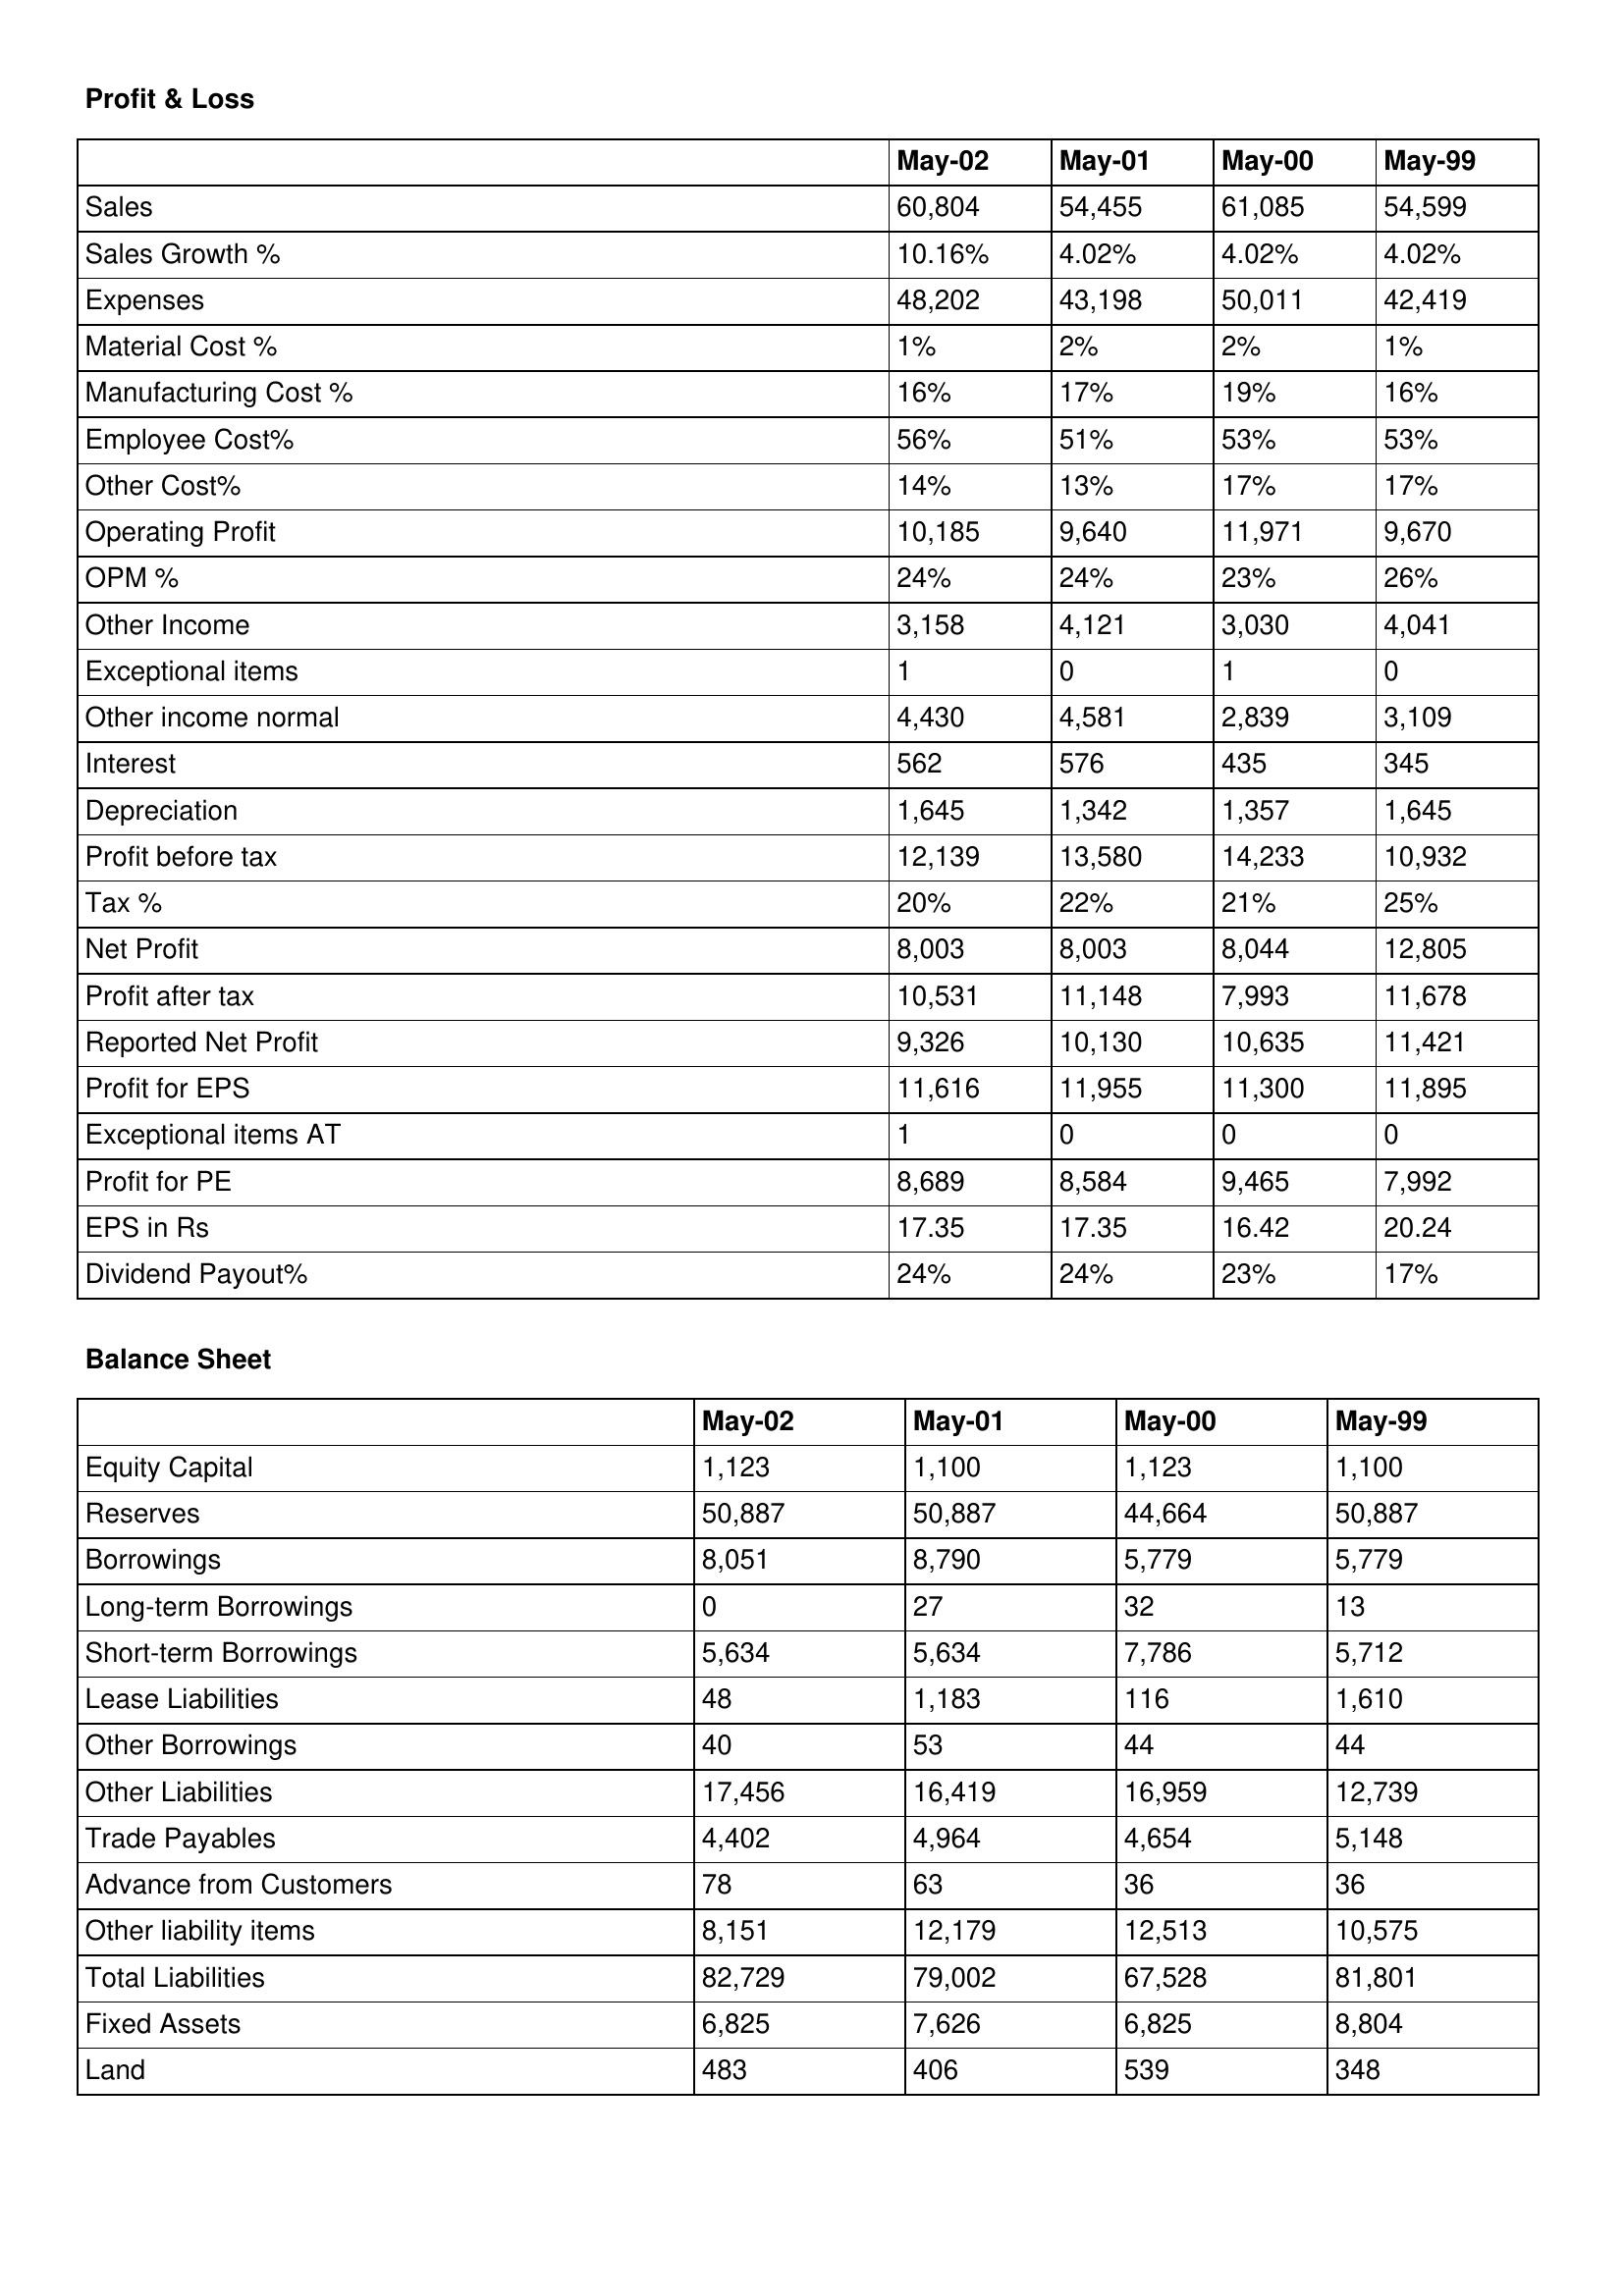
gt_parse: May-02: Profit & Loss: Sales: 60,804
Sales Growth %: 10.16%
Expenses: 48,202
Material Cost %: 1%
Manufacturing Cost %: 16%
Employee Cost%: 56%
Other Cost%: 14%
Operating Profit: 10,185
OPM %: 24%
Other Income: 3,158
Exceptional items: 1
Other income normal: 4,430
Interest: 562
Depreciation: 1,645
Profit before tax: 12,139
Tax %: 20%
Net Profit: 8,003
Profit after tax: 10,531
Reported Net Profit: 9,326
Profit for EPS: 11,616
Exceptional items AT: 1
Profit for PE: 8,689
EPS in Rs: 17.35
Dividend Payout%: 24%
Balance Sheet: Equity Capital: 1,123
Reserves: 50,887
Borrowings: 8,051
Long-term Borrowings: 0
Short-term Borrowings: 5,634
Lease Liabilities: 48
Other Borrowings: 40
Other Liabilities: 17,456
Trade Payables: 4,402
Advance from Customers: 78
Other liability items: 8,151
Total Liabilities: 82,729
Fixed Assets: 6,825
Land: 483
May-01: Profit & Loss: Sales: 54,455
Sales Growth %: 4.02%
Expenses: 43,198
Material Cost %: 2%
Manufacturing Cost %: 17%
Employee Cost%: 51%
Other Cost%: 13%
Operating Profit: 9,640
OPM %: 24%
Other Income: 4,121
Exceptional items: 0
Other income normal: 4,581
Interest: 576
Depreciation: 1,342
Profit before tax: 13,580
Tax %: 22%
Net Profit: 8,003
Profit after tax: 11,148
Reported Net Profit: 10,130
Profit for EPS: 11,955
Exceptional items AT: 0
Profit for PE: 8,584
EPS in Rs: 17.35
Dividend Payout%: 24%
Balance Sheet: Equity Capital: 1,100
Reserves: 50,887
Borrowings: 8,790
Long-term Borrowings: 27
Short-term Borrowings: 5,634
Lease Liabilities: 1,183
Other Borrowings: 53
Other Liabilities: 16,419
Trade Payables: 4,964
Advance from Customers: 63
Other liability items: 12,179
Total Liabilities: 79,002
Fixed Assets: 7,626
Land: 406
May-00: Profit & Loss: Sales: 61,085
Sales Growth %: 4.02%
Expenses: 50,011
Material Cost %: 2%
Manufacturing Cost %: 19%
Employee Cost%: 53%
Other Cost%: 17%
Operating Profit: 11,971
OPM %: 23%
Other Income: 3,030
Exceptional items: 1
Other income normal: 2,839
Interest: 435
Depreciation: 1,357
Profit before tax: 14,233
Tax %: 21%
Net Profit: 8,044
Profit after tax: 7,993
Reported Net Profit: 10,635
Profit for EPS: 11,300
Exceptional items AT: 0
Profit for PE: 9,465
EPS in Rs: 16.42
Dividend Payout%: 23%
Balance Sheet: Equity Capital: 1,123
Reserves: 44,664
Borrowings: 5,779
Long-term Borrowings: 32
Short-term Borrowings: 7,786
Lease Liabilities: 116
Other Borrowings: 44
Other Liabilities: 16,959
Trade Payables: 4,654
Advance from Customers: 36
Other liability items: 12,513
Total Liabilities: 67,528
Fixed Assets: 6,825
Land: 539
May-99: Profit & Loss: Sales: 54,599
Sales Growth %: 4.02%
Expenses: 42,419
Material Cost %: 1%
Manufacturing Cost %: 16%
Employee Cost%: 53%
Other Cost%: 17%
Operating Profit: 9,670
OPM %: 26%
Other Income: 4,041
Exceptional items: 0
Other income normal: 3,109
Interest: 345
Depreciation: 1,645
Profit before tax: 10,932
Tax %: 25%
Net Profit: 12,805
Profit after tax: 11,678
Reported Net Profit: 11,421
Profit for EPS: 11,895
Exceptional items AT: 0
Profit for PE: 7,992
EPS in Rs: 20.24
Dividend Payout%: 17%
Balance Sheet: Equity Capital: 1,100
Reserves: 50,887
Borrowings: 5,779
Long-term Borrowings: 13
Short-term Borrowings: 5,712
Lease Liabilities: 1,610
Other Borrowings: 44
Other Liabilities: 12,739
Trade Payables: 5,148
Advance from Customers: 36
Other liability items: 10,575
Total Liabilities: 81,801
Fixed Assets: 8,804
Land: 348